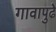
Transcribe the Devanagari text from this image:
गावापुढे